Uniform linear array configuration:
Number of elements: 4
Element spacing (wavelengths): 0.75
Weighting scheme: hamming
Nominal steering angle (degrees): -30
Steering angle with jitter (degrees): -28.202
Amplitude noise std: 0.05
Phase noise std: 0.05

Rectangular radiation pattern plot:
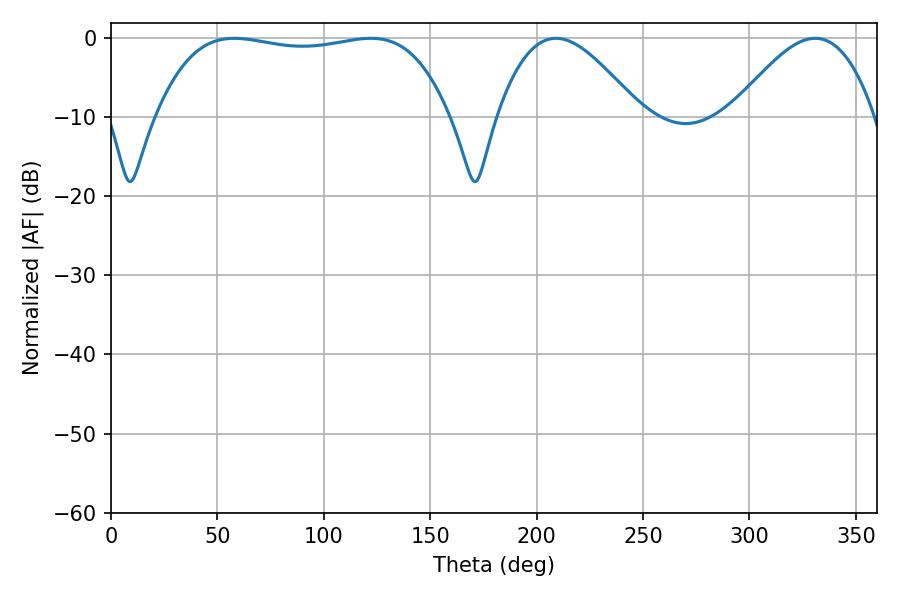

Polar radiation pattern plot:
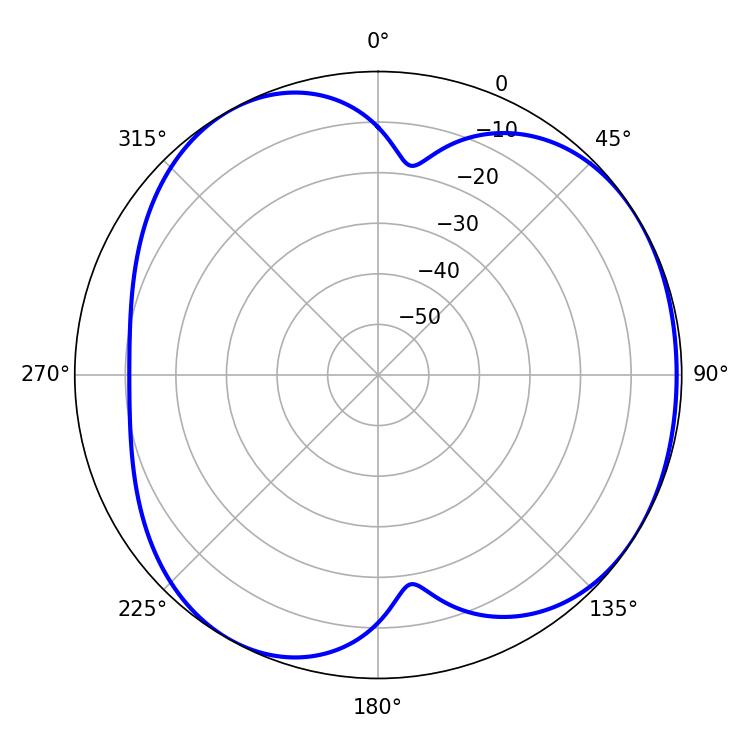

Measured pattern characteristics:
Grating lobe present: TRUE
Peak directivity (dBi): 4.411
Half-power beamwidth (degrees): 109.44
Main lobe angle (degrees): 57.96